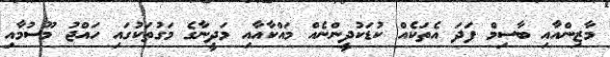
މާޒިންއާއި ބާސިމް ފަދަ އެތަކެއް ކުޑަކުދީންނެއް މައްކާއާއި މަދީނާގެ މަގުތަކުގައި ހައްޖު މޫސުމާއި